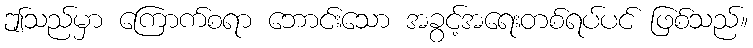
ဤသည်မှာ ကြောက်စရာ ဘောင်းသော အခွင့်အရေးတစ်ရပ်ပင် ဖြစ်သည်။